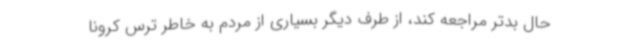
حال بدتر مراجعه کند، از طرف دیگر بسیاری از مردم به خاطر ترس کرونا